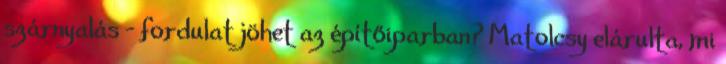
szárnyalás - fordulat jöhet az építőiparban? Matolcsy elárulta, mi